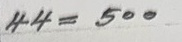
44 = 500